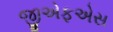
જીએફએસ